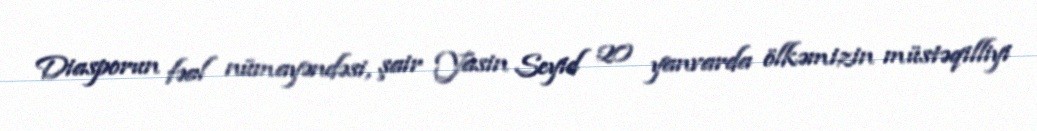
Diasporun fəal nümayəndəsi, şair Yasin Seyid 20 yanvarda ölkəmizin müstəqilliyi